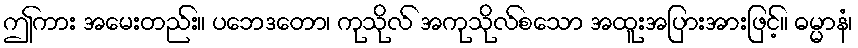
ဤကား အမေးတည်း။ ပဘေဒတော၊ ကုသိုလ် အကုသိုလ်စသော အထူးအပြားအားဖြင့်။ ဓမ္မာနံ၊